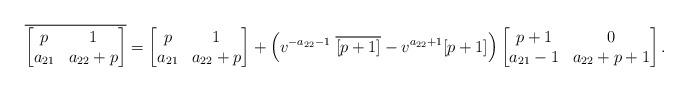
LaTeX: \begin{align*} \overline{\left [\begin{matrix}p & 1\\a_{21} & a_{22}+p\end{matrix}\right ]}=\left [\begin{matrix}p & 1\\a_{21} & a_{22}+p\end{matrix}\right ]+\left (v^{ - a_{22} -1} \ \overline{ [p+1]} - v^{ a_{22} +1} [p +1]\right )\left [\begin{matrix}p+1 & 0 \\a_{21} -1 & a_{22} +p+1\end{matrix}\right ].\end{align*}